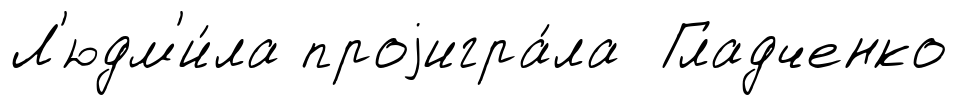
Л'юдм'и́ла проjигра́ла Гладченко